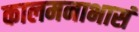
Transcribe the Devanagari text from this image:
कालमनाभासं